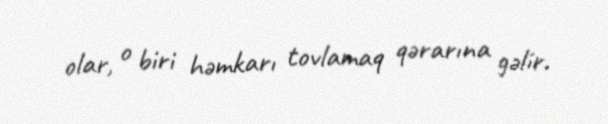
olar, o biri həmkarı tovlamaq qərarına gəlir.